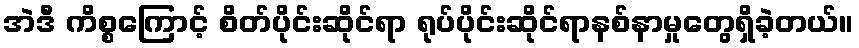
အဲဒီ ကိစ္စကြောင့် စိတ်ပိုင်းဆိုင်ရာ ရုပ်ပိုင်းဆိုင်ရာနစ်နာမှုတွေရှိခဲ့တယ်။